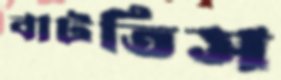
বাটতিস